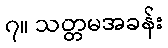
၇။ သတ္တမအခန်း